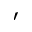
'